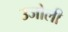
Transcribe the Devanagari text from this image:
उजोली